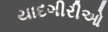
યાદગીરીઓ